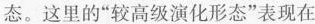
态。这里的”较高级演化形态”表现在